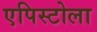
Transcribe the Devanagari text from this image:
एपिस्टोला